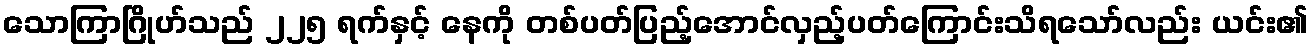
သောကြာဂြိုဟ်သည် ၂၂၅ ရက်နှင့် နေကို တစ်ပတ်ပြည့်အောင်လှည့်ပတ်ကြောင်းသိရသော်လည်း ယင်း၏